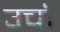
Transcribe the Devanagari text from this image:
उचॉं